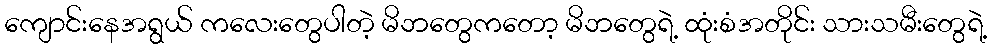
ကျောင်းနေအရွယ် ကလေးတွေပါတဲ့ မိဘတွေကတော့ မိဘတွေရဲ့ ထုံးစံအတိုင်း သားသမီးတွေရဲ့